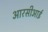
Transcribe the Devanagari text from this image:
आरसीआई